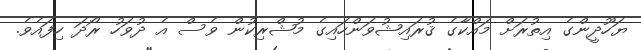
ޔަހޫދީންގެ އިތުރަށް މައްކާގެ ޤުރައިޝުވަންހައިގެ މުޝްރިކުން ވެސް އެ ދުވަހު ރޯދަ ހިފައެވެ.